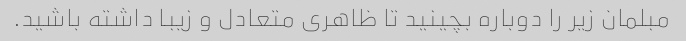
مبلمان زیر را دوباره بچینید تا ظاهری متعادل و زیبا داشته باشید.